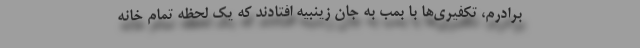
برادرم، تکفیری‌ها با بمب به جان زینبیه افتادند که یک لحظه تمام خانه